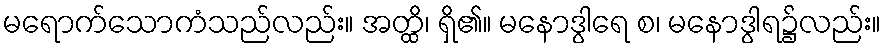
မရောက်သောကံသည်လည်း။ အတ္ထိ၊ ရှိ၏။ မနောဒွါရေ စ၊ မနောဒွါရ၌လည်း။